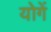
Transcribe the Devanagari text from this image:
योगें